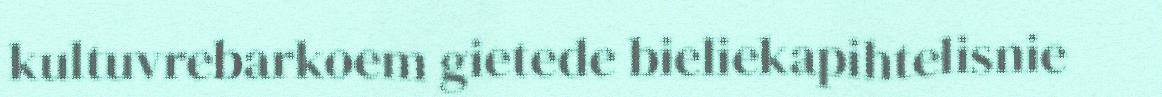
kultuvrebarkoem gietede bieliekapihtelisnie